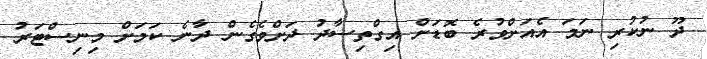
ދޫ ނުކުރި ނަމަ އެއަށްވުރެ ބޮޑަށް އިގްތިސާދު ދަށްވެގެން ދާނެ ކަމަށް މިނިސްޓަރު